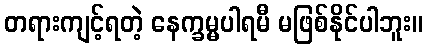
တရားကျင့်ရတဲ့ နေက္ခမ္မပါရမီ မဖြစ်နိုင်ပါဘူး။